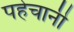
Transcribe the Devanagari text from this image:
पहेचानी